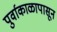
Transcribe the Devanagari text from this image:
पुर्वाकाळापासून